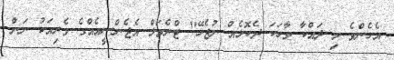
އެހެންވެ މި ދައްކާ ވާހަކަ ދެކޮޅެއް ނުޖެހޭ" ޓްރެވަލް އެޖެންސީއެއްގެ ވެރިއަކު ނަން